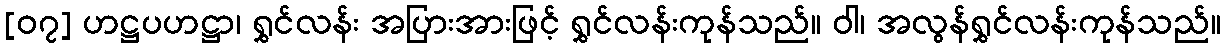
[၀၇] ဟဋ္ဌပဟဋ္ဌာ၊ ရွှင်လန်း အပြားအားဖြင့် ရွှင်လန်းကုန်သည်။ ဝါ၊ အလွန်ရွှင်လန်းကုန်သည်။